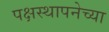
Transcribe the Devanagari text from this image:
पक्षस्थापनेच्या